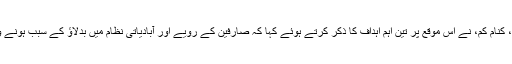
ایس ڈیویژن کے وائس چیئرمین اور سی ای او، کنام کم، نے اس موقع پر تین اہم اہداف کا ذکر کرتے ہوئے کہا کہ صارفین کے رویے اور آبادیاتی نظام میں بدلاؤ کے سبب ہونے والی غیر متوقع تبدیلی مستقبل کی پہچان ہوگی۔